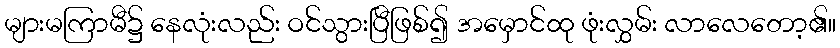
များမကြာမီ၌ နေလုံးလည်း ဝင်သွားပြီဖြစ်၍ အမှောင်ထု ဖုံးလွှမ်း လာလေတော့၏။